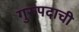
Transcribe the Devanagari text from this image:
गुरुपदाची